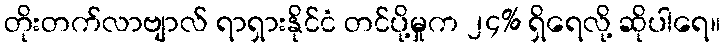
တိုးတက်လာဗျာလ် ရာရှားနိုင်ငံ တင်ပို့မှုက ၂၄% ရှိရေလို့ ဆိုပါရေ။